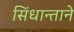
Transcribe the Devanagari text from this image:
सिंधान्ताने